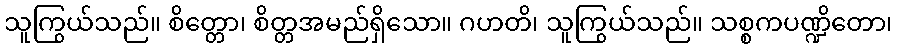
သူကြွယ်သည်။ စိတ္တော၊ စိတ္တအမည်ရှိသော။ ဂဟတိ၊ သူကြွယ်သည်။ သစ္စကပဏ္ဍိတော၊